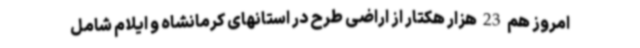
امروز هم 23 هزار هکتار از اراضی طرح در استانهای کرمانشاه و ایلام شامل